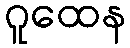
ဂူထေန